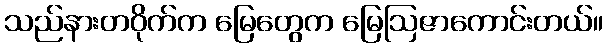
သည်နားတဝိုက်က မြေတွေက မြေဩဇာကောင်းတယ်။